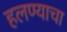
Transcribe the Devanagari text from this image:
हलण्याचा